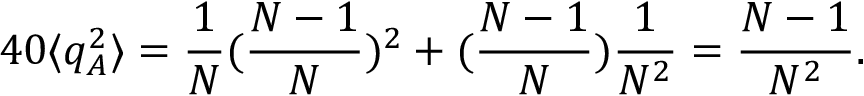
4 0 \langle q _ { A } ^ { 2 } \rangle = \frac { 1 } { N } ( \frac { N - 1 } { N } ) ^ { 2 } + ( \frac { N - 1 } { N } ) \frac { 1 } { N ^ { 2 } } = \frac { N - 1 } { N ^ { 2 } } .